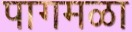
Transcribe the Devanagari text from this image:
पागमळा